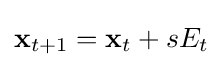
\mathbf {x} _{t+1}=\mathbf {x} _{t}+sE_{t}